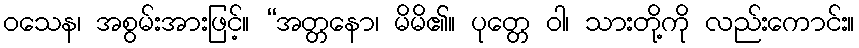
ဝသေန၊ အစွမ်းအားဖြင့်။ “အတ္တနော၊ မိမိ၏။ ပုတ္တေ ဝါ၊ သားတို့ကို လည်းကောင်း။